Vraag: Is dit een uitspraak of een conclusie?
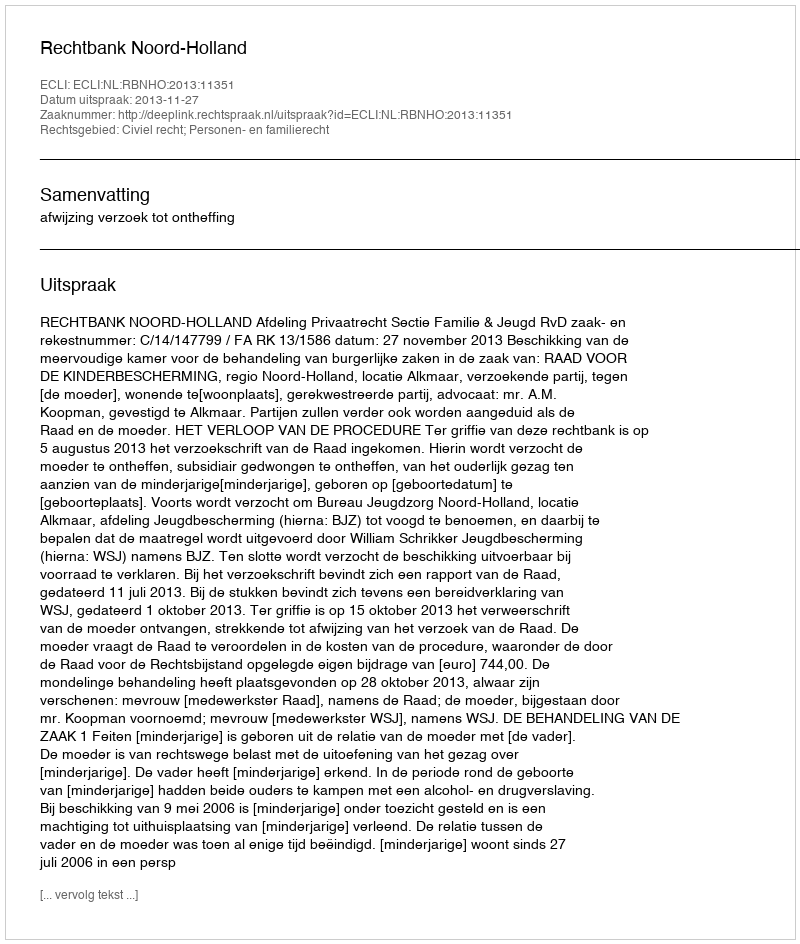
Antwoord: Uitspraak